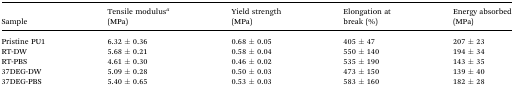
| Sample | Tensile modulusa (MPa) | Yield strength (MPa) | Elongation at break (%) | Energy absorbed (MPa) |
 | --- | --- | --- | --- | --- |
 | Pristine PU1 | 6.32 ± 0.36 | 0.68 ± 0.05 | 405 ± 47 | 207 ± 23 |
 | RT-DW | 5.68 ± 0.21 | 0.58 ± 0.04 | 550 ± 140 | 194 ± 34 |
 | RT-PBS | 4.61 ± 0.30 | 0.46 ± 0.02 | 535 ± 190 | 143 ± 35 |
 | 37DEG-DW | 5.09 ± 0.28 | 0.50 ± 0.03 | 473 ± 150 | 139 ± 40 |
 | 37DEG-PBS | 5.40 ± 0.65 | 0.53 ± 0.03 | 583 ± 160 | 182 ± 28 |